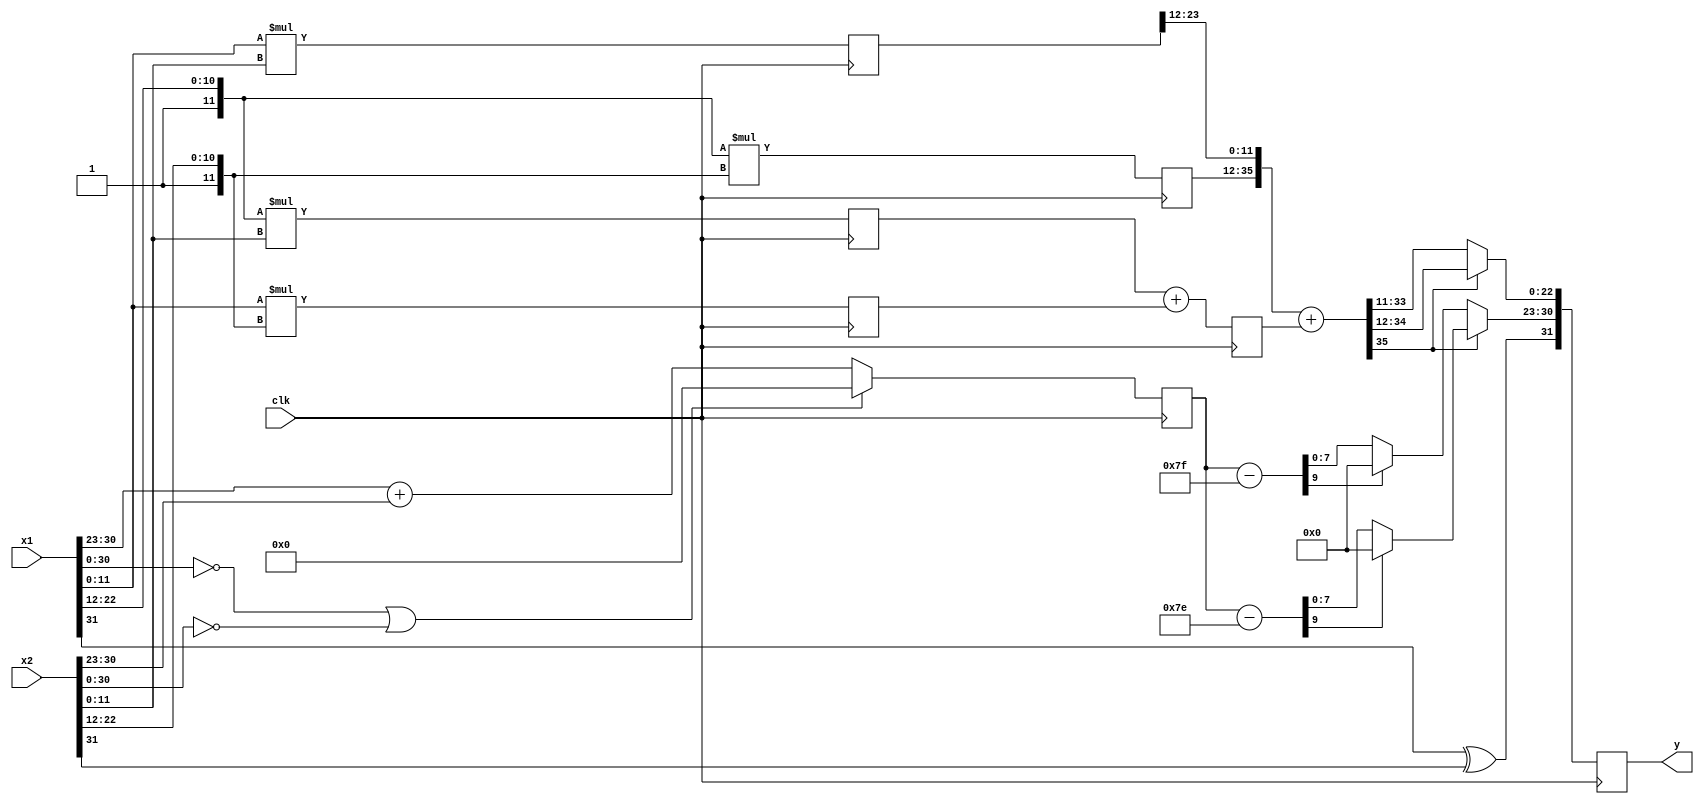
module fmul(
		input wire clk,
    input wire [31:0] x1,
    input wire [31:0] x2,
    output reg [31:0] y // 3
		);

    wire s1,s2,sy; // 0
    wire [7:0] e1,e2; // 0
    wire [22:0] m1,m2; // 0
    assign s1 = x1[31];
    assign e1 = x1[30:23];
    assign m1 = x1[22:0];
    assign s2 = x2[31];
    assign e2 = x2[30:23];
    assign m2 = x2[22:0];

    assign sy = s1 ^ s2;

		wire [23:0] m1ex,m2ex; // 0
		assign m1ex = {1'b1,m1};
		assign m2ex = {1'b1,m2};

		wire [11:0] m1ex_l,m1ex_h,m2ex_l,m2ex_h; // 0
		assign m1ex_l = m1ex[11:0];
		assign m1ex_h = m1ex[23:12];
		assign m2ex_l = m2ex[11:0];
		assign m2ex_h = m2ex[23:12];

		reg [23:0] hh,ll; // 1
		always @(posedge clk) begin
			ll <= m1ex_l * m2ex_l;
			hh <= m1ex_h * m2ex_h;
		end

		wire [47:0] hhll; // 1
		assign hhll = {hh,ll};

		reg [23:0] hl,lh; // 1
		always @(posedge clk) begin
	  	hl <= m1ex_h * m2ex_l;
			lh <= m1ex_l * m2ex_h;
		end

		reg [24:0] hllh; // 2
		always @(posedge clk) begin
			hllh <= hl + lh;
		end
		
    wire [47:0] mya; // 2
		assign mya = {hhll[47:12]+hllh,hhll[11:0]};

		wire [22:0] my;
    assign my = (mya[47:47]) ? mya[46:24]: mya[45:23];

    reg [8:0] eya0; // 1
		always @(posedge clk) begin
    	eya0 <= (x1[30:0] == 31'b0 | x2[30:0] == 31'b0) ? 9'b0: e1 + e2;
		end
    
    wire [9:0] ey0a,ey1a; // 1
    assign ey0a = eya0 - 10'd127;
    assign ey1a = eya0 - 10'd126;

    wire [7:0] ey0,ey1; // 1
    assign ey0 = (ey0a[9]) ? 8'b0: ey0a[7:0];
    assign ey1 = (ey1a[9]) ? 8'b0: ey1a[7:0];
		
		wire [7:0] ey; // 1
    assign ey = (mya[47:47]) ? ey1: ey0;

		always @(posedge clk) begin
  	  y <= {sy,ey,my};
		end

endmodule